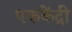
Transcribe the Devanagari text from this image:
एककेंद्री